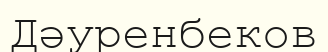
Дәуренбеков